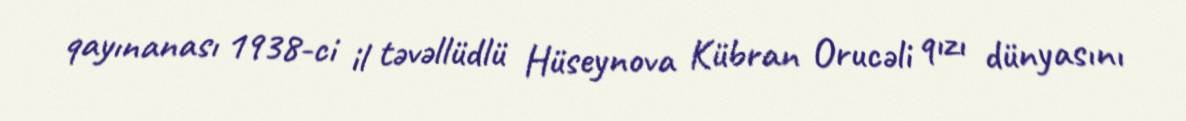
qayınanası 1938-ci il təvəllüdlü Hüseynova Kübran Orucəli qızı dünyasını